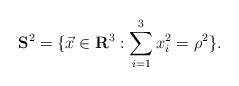
LaTeX: \begin{align*}{\bf S}^2=\{\vec{x} \in {\bf R}^3: \sum_{i=1}^3 x_i^2={\rho}^2 \}.\end{align*}